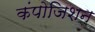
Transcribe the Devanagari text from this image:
कंपोजिशन